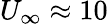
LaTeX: U_{\infty}\approx 10